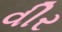
વીર